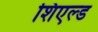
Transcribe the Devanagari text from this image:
शिएल्ड